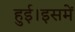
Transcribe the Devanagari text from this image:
हुई।इसमें